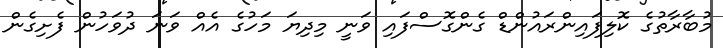
މުބާރާތުގެ ކޮލިފައިންރައުުންޑް ގެންގޮސްފައި ވަނީ މިދިޔަ މަހުގެ އެއް ވަނަ ދުވަހުން ފެށިގެން